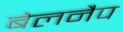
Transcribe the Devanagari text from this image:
बेलनैप